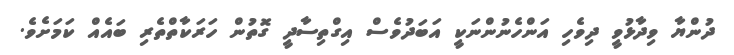
ދުންޔާ ވިދާޅުވީ ދިވެހި އަންހެނުންނަކީ އަބަދުވެސް އިގްތިސާދީ ގޮތުން ހަރަކާތްތެރި ބައެއް ކަމަށެވެ.